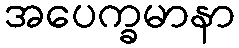
အပေက္ခမာနာ